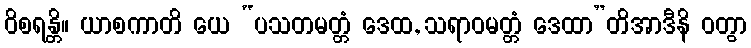
ဝိစရန္တိ။ ယာစကာတိ ယေ “ပသတမတ္တံ ဒေထ, သရာဝမတ္တံ ဒေထာ”တိအာဒီနိ ဝတွာ